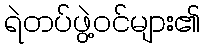
ရဲတပ်ဖွဲ့ဝင်များ၏